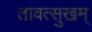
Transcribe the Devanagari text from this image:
तावत्सुखम्